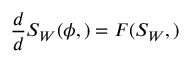
\L { \frac { d } { d \L } } S _ { W } ( \phi , \L ) = F ( S _ { W } , \L )